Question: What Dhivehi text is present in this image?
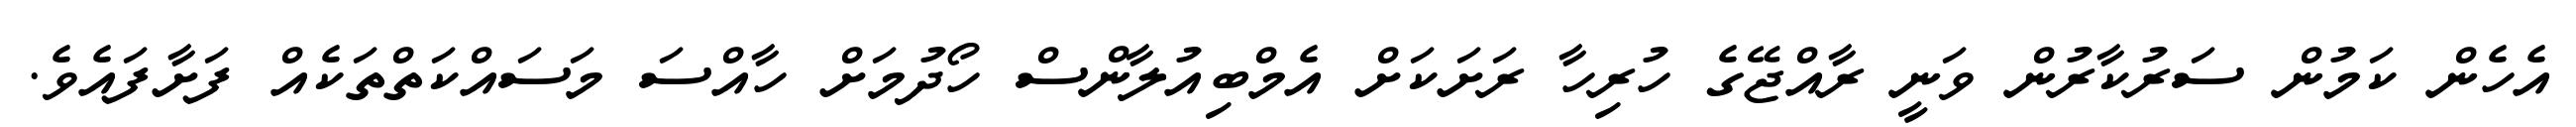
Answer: އެހެން ކަމުން ސަރުކާރުން ވަނީ ރާއްޖޭގެ ހުރިހާ ރަށަކަށް އެމްބިއުލާންސް ހޯދުމަށް ހާއްސަ މަސައްކަތްތަކެއް ފަށާފައެވެ.